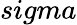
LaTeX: sigma